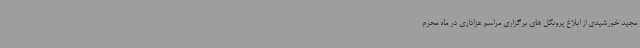
مجید خورشیدی از ابلاغ پروتکل های برگزاری مراسم عزاداری در ماه محرم